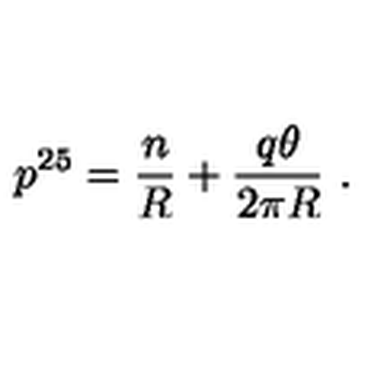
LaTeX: p ^ { 2 5 } = { \frac { n } { R } } + { \frac { q \theta } { 2 \pi R } } \ .